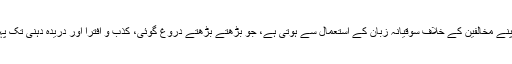
اس کی ابتدا اپنے مخالفین کے خلاف سوقیانہ زبان کے استعمال سے ہوتی ہے، جو بڑھتے بڑھتے دروغ گوئی، کذب و افترا اور دریدہ دہنی تک پہنچ جاتی ہے۔